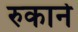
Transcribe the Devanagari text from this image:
रुकाने